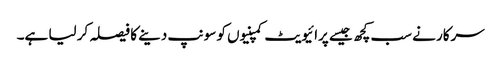
سرکار نے سب کچھ جیسے پرائیویٹ کمپنیوں کو سونپ دینے کا فیصلہ کر لیا ہے۔